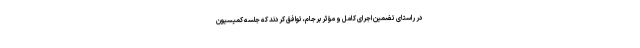
در راستای تضمین اجرای کامل و مؤثر برجام، توافق کردند که جلسه کمیسیون